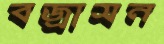
বজ্রাসন